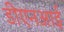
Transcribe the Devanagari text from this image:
डीएनआई